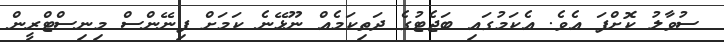
ސުވާލު ކޮށްފަ އެވެ. އެކަމުގައި ބަޖެޓުގެ ދަތިކަމެއް ނޫޅޭނެ ކަަމަށް ފިނޭންސް މިނިސްޓްރީން